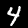
Digit: 4